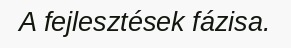
A fejlesztések fázisa.